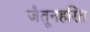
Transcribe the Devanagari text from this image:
जैतूनहरित